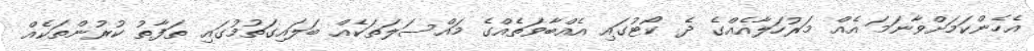
އެހެންކަމަށްވާނަމަ އެއް މަރުހަލާއެއްގެ ދެ ކޯޓުގައި އެއްބާވަތެއްގެ މައްސަލަތަކެއް ބަލައިގަތުމުގައި ތަފާތު ކުރުންތަކެއް